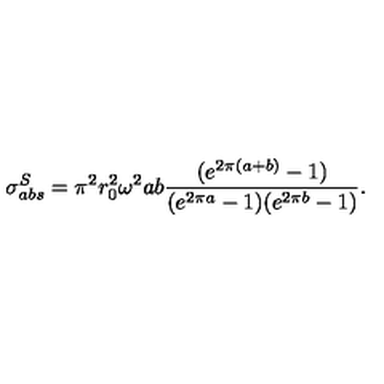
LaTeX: \sigma _ { a b s } ^ { S } = \pi ^ { 2 } r _ { 0 } ^ { 2 } \omega ^ { 2 } a b \frac { ( e ^ { 2 \pi ( a + b ) } - 1 ) } { ( e ^ { 2 \pi a } - 1 ) ( e ^ { 2 \pi b } - 1 ) } .